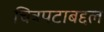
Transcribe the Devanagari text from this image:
चित्रपटाबद्दल